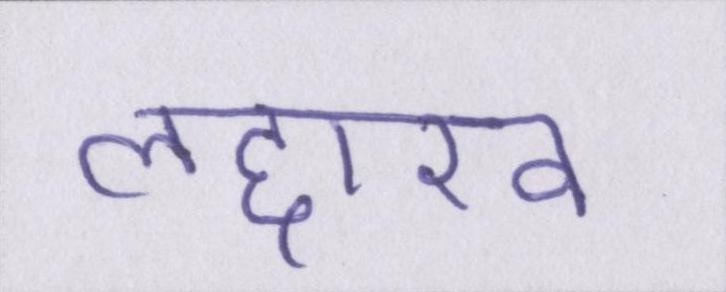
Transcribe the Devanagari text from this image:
लद्दाख